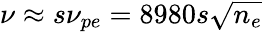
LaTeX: \nu\approx s\nu_{pe}=8980s\sqrt{n_{e}}